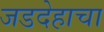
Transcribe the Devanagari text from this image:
जडदेहाचा